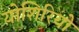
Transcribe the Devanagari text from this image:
योशिरियो